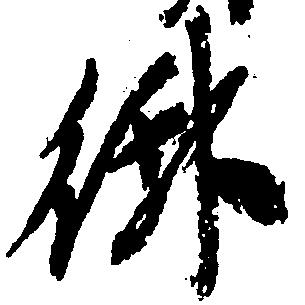
御